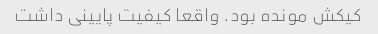
کیکش مونده بود. واقعا کیفیت پایینی داشت